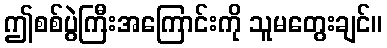
ဤစစ်ပွဲကြီးအကြောင်းကို သူမတွေးချင်။